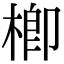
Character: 楖